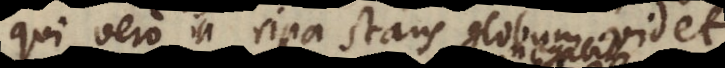
qui vero in ripa stans globum videt